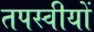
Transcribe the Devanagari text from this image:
तपस्वीयों